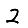
Digit: 2